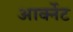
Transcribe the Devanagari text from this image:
आर्क्नेट